Vaccination North-Western Provinces and Oudh 1878-1895 - 1878-1895
Year: 1878
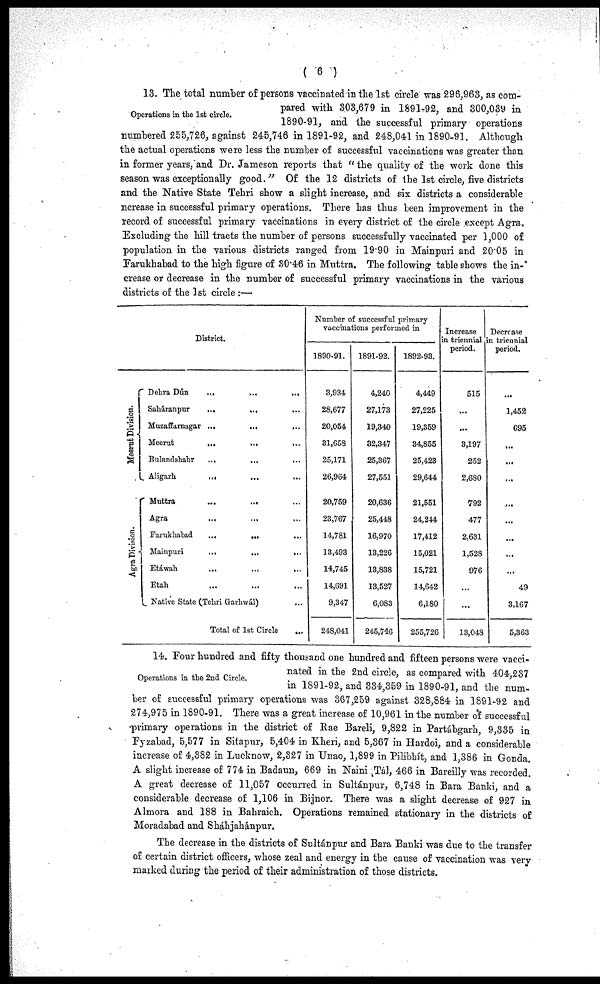
( 6 )
Operations in the 1st circle.
13. The total number of persons vaccinated in the 1st circle was 296,963, as com-
pared with 303,679 in 1891-92, and 300,039 in
1890-91, and the successful primary operations
numbered 255,726, against 245,746 in 1891-92, and 248,041 in 1890-91. Although
the actual operations were less the number of successful vaccinations was greater than
in former years, and Dr. Jameson reports that " the quality of the work done this
season was exceptionally good."
Of the 12 districts of the 1st circle, five districts
and the Native State Tehri show a slight increase, and six districts a considerable
nerease in successful primary operations. There has thus been improvement in the
record of successful primary vaccinations in every district of the circle except Agra.
Excluding the hill tracts the number of persons successfully vaccinated per 1,000 of
population in the various districts ranged from 19.90 in Mainpuri and 20.05 in
Farukhabad to the high figure of 30.46 in Muttra. The following table shows the in-
crease or decrease in the number of successful primary vaccinations in the various
districts of the 1st circle :—
Meerut Division.
Agra Division.
District.
Dehra Dún
...
...
...
Saháranpur
...
...
...
Muzaffarnagar ...
...
...
Meerut
...
...
...
Bulandshahr
...
...
...
Aligarh
...
...
...
Muttra
...
... ...
Agra
...
... ...
Farukhabad
...
... ...
Mainpuri
...
...
...
Etáwah
...
...
...
Etah
Native State (Tehri Garliwál)
Total of 1st Circle
Number of successful primary
vaccinations performed in
1890-91.
3,934
28,677
20,054
31,658
25,171
26,964
20,759
23,767
14,781
13,493
14,745
14,691
9,347
248,041
1891-92.
4,240
27,173
19,340
32,347
25,367
27,551
20,636
25,448
16,970
13,226
13,838
13,527
6,083
245,746
1892-93.
4,449
27,225
19,359
34,855
25,423
29,644
21,551
24,244
17,412
15,021
15,721
14,642
6,180
255,726
Increase
in triennial
period.
515
...
...
3,197
252
2,680
792
477
2,631
1,528
976
...
...
13,048
Decrease
in triennial
period.
1,452
695
...
...
...
....
...
...
...
...
49
3,167
5,363
Operations in the 2nd Circle.
14. Four hundred and fifty thousand one hundred and fifteen persons were vacci-
nated in the 2nd circle, as compared with 404,237
in 1891-92, and 334,359 in 1890-91, and the num-
ber of successful primary operations was 367,259 against 328,884 in 1891-92 and
274,975 in 1890-91. There was a great increase of 10,961 in the number of successful
primary operations in the district of Rae Bareli, 9,822 in Partábgarh, 9,335 in
Fyzabad, 5,577 in Sitapur, 5,404 in Kheri, and 5,367 in Hardoi, and a considerable
increase of 4,382 in Lucknow, 2,327 in Unao, 1,899 in Pilibhít, and 1,386 in Gonda.
A slight increase of 774 in Badaun, 669 in Naini Tál, 466 in Bareilly was recorded.
A great decrease of 11,057 occurred in Sultánpur, 6,748 in Bara Banki, and a
considerable decrease of 1,106 in Bijnor. There was a slight decrease of 927 in
Almora and 188 in Bahraich. Operations remained stationary in the districts of
Moradabad and Sháhjahánpur.
The decrease in the districts of Sultánpur and Bara Banki was due to the transfer
of certain district officers, whose zeal and energy in the cause of vaccination was very
marked during the period of their administration of those districts.